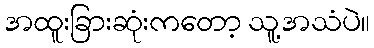
အထူးခြားဆုံးကတော့ သူ့အသံပဲ။